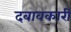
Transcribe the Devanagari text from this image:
दबावकारी